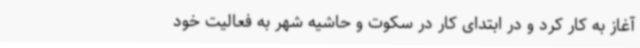
آغاز به کار کرد و در ابتدای کار در سکوت و حاشیه شهر به فعالیت خود